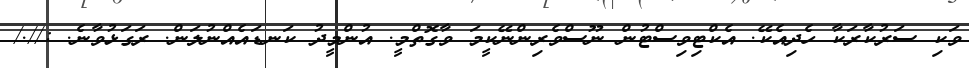
ވަކި ސަރުކާރަކާ ހެދިއެކޭ. އެކްޓިވިސްޓުން ނޫސްވެރިންނޭކީމަ ވާގޮތްމީ. އުންމީދު ކަނޑައެއްނުލަން. ރަގަޅުވާނެ. ://./